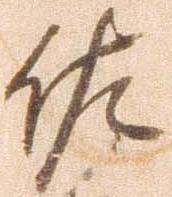
佐